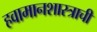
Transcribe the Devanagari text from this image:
हवामानशास्त्राची